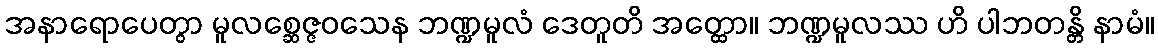
အနာရောပေတွာ မူလစ္ဆေဇ္ဇဝသေန ဘဏ္ဍမူလံ ဒေတူတိ အတ္ထော။ ဘဏ္ဍမူလဿ ဟိ ပါဘတန္တိ နာမံ။